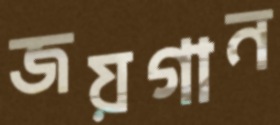
জয়গান